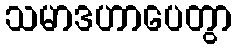
သမာဒဟာပေတွာ